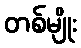
တစ်မျိုး